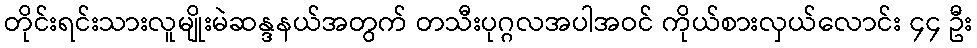
တိုင်းရင်းသားလူမျိုးမဲဆန္ဒနယ်အတွက် တသီးပုဂ္ဂလအပါအဝင် ကိုယ်စားလှယ်လောင်း ၄၄ ဦး